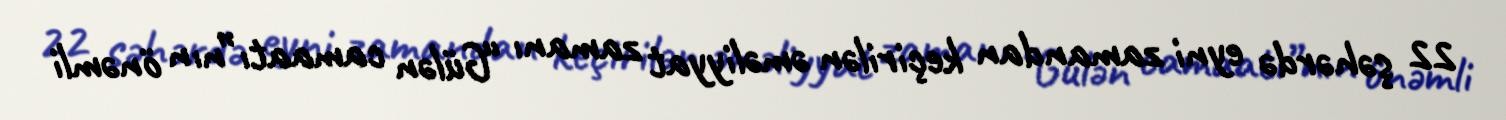
22 şəhərdə eyni zamandan keçirilən əməliyyat zamanı “Gülən camaatı”nın önəmli